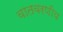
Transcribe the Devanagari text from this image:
वातवरणीय